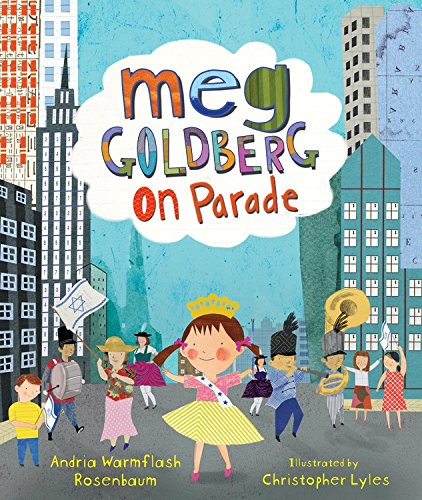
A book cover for Meg Goldberg on Parade (Israel); Andria Rosenbaum; Children's Books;